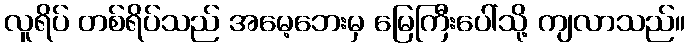
လူရိပ် တစ်ရိပ်သည် အမေ့ဘေးမှ မြေကြီးပေါ်သို့ ကျလာသည်။